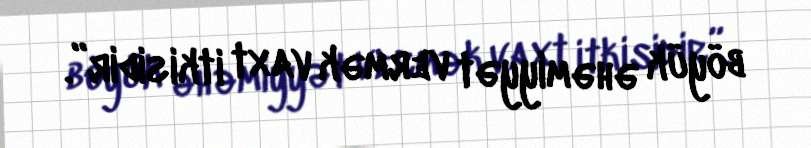
böyük əhəmiyyət vermək vaxt itkisidir”.